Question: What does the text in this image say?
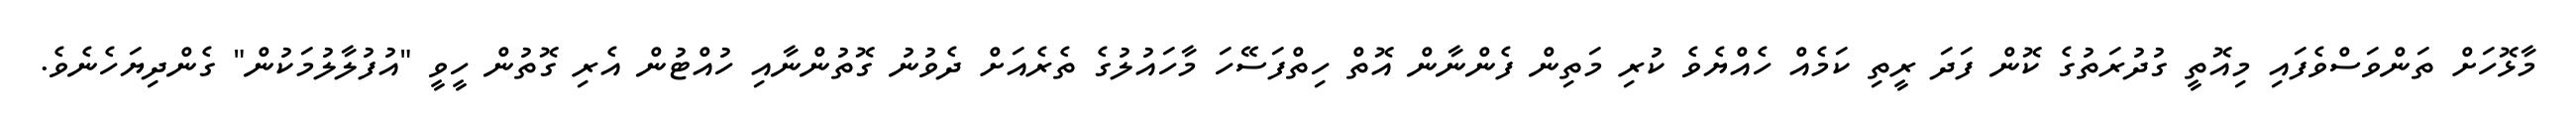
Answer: މާޅޮހަށް ތަންވަސްވެފައި މިއޮތީ ގުދުރަތުގެ ކޮން ފަދަ ރީތި ކަމެއް ހެއްޔެވެ ކުރި މަތިން ފެންނާން އޮތް ހިތްފަސޭހަ މާހައުލުގެ ތެރެއަށް ދެވުނު ގޮތުންނާއި ހުއްޓުން އެރި ގޮތުން ހީވީ "އުފުލާލުމަކުން" ގެންދިޔަހެނެވެ.